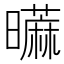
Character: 𰲐